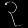
Digit: ၃